Martna_vallavalitsus, lk 38
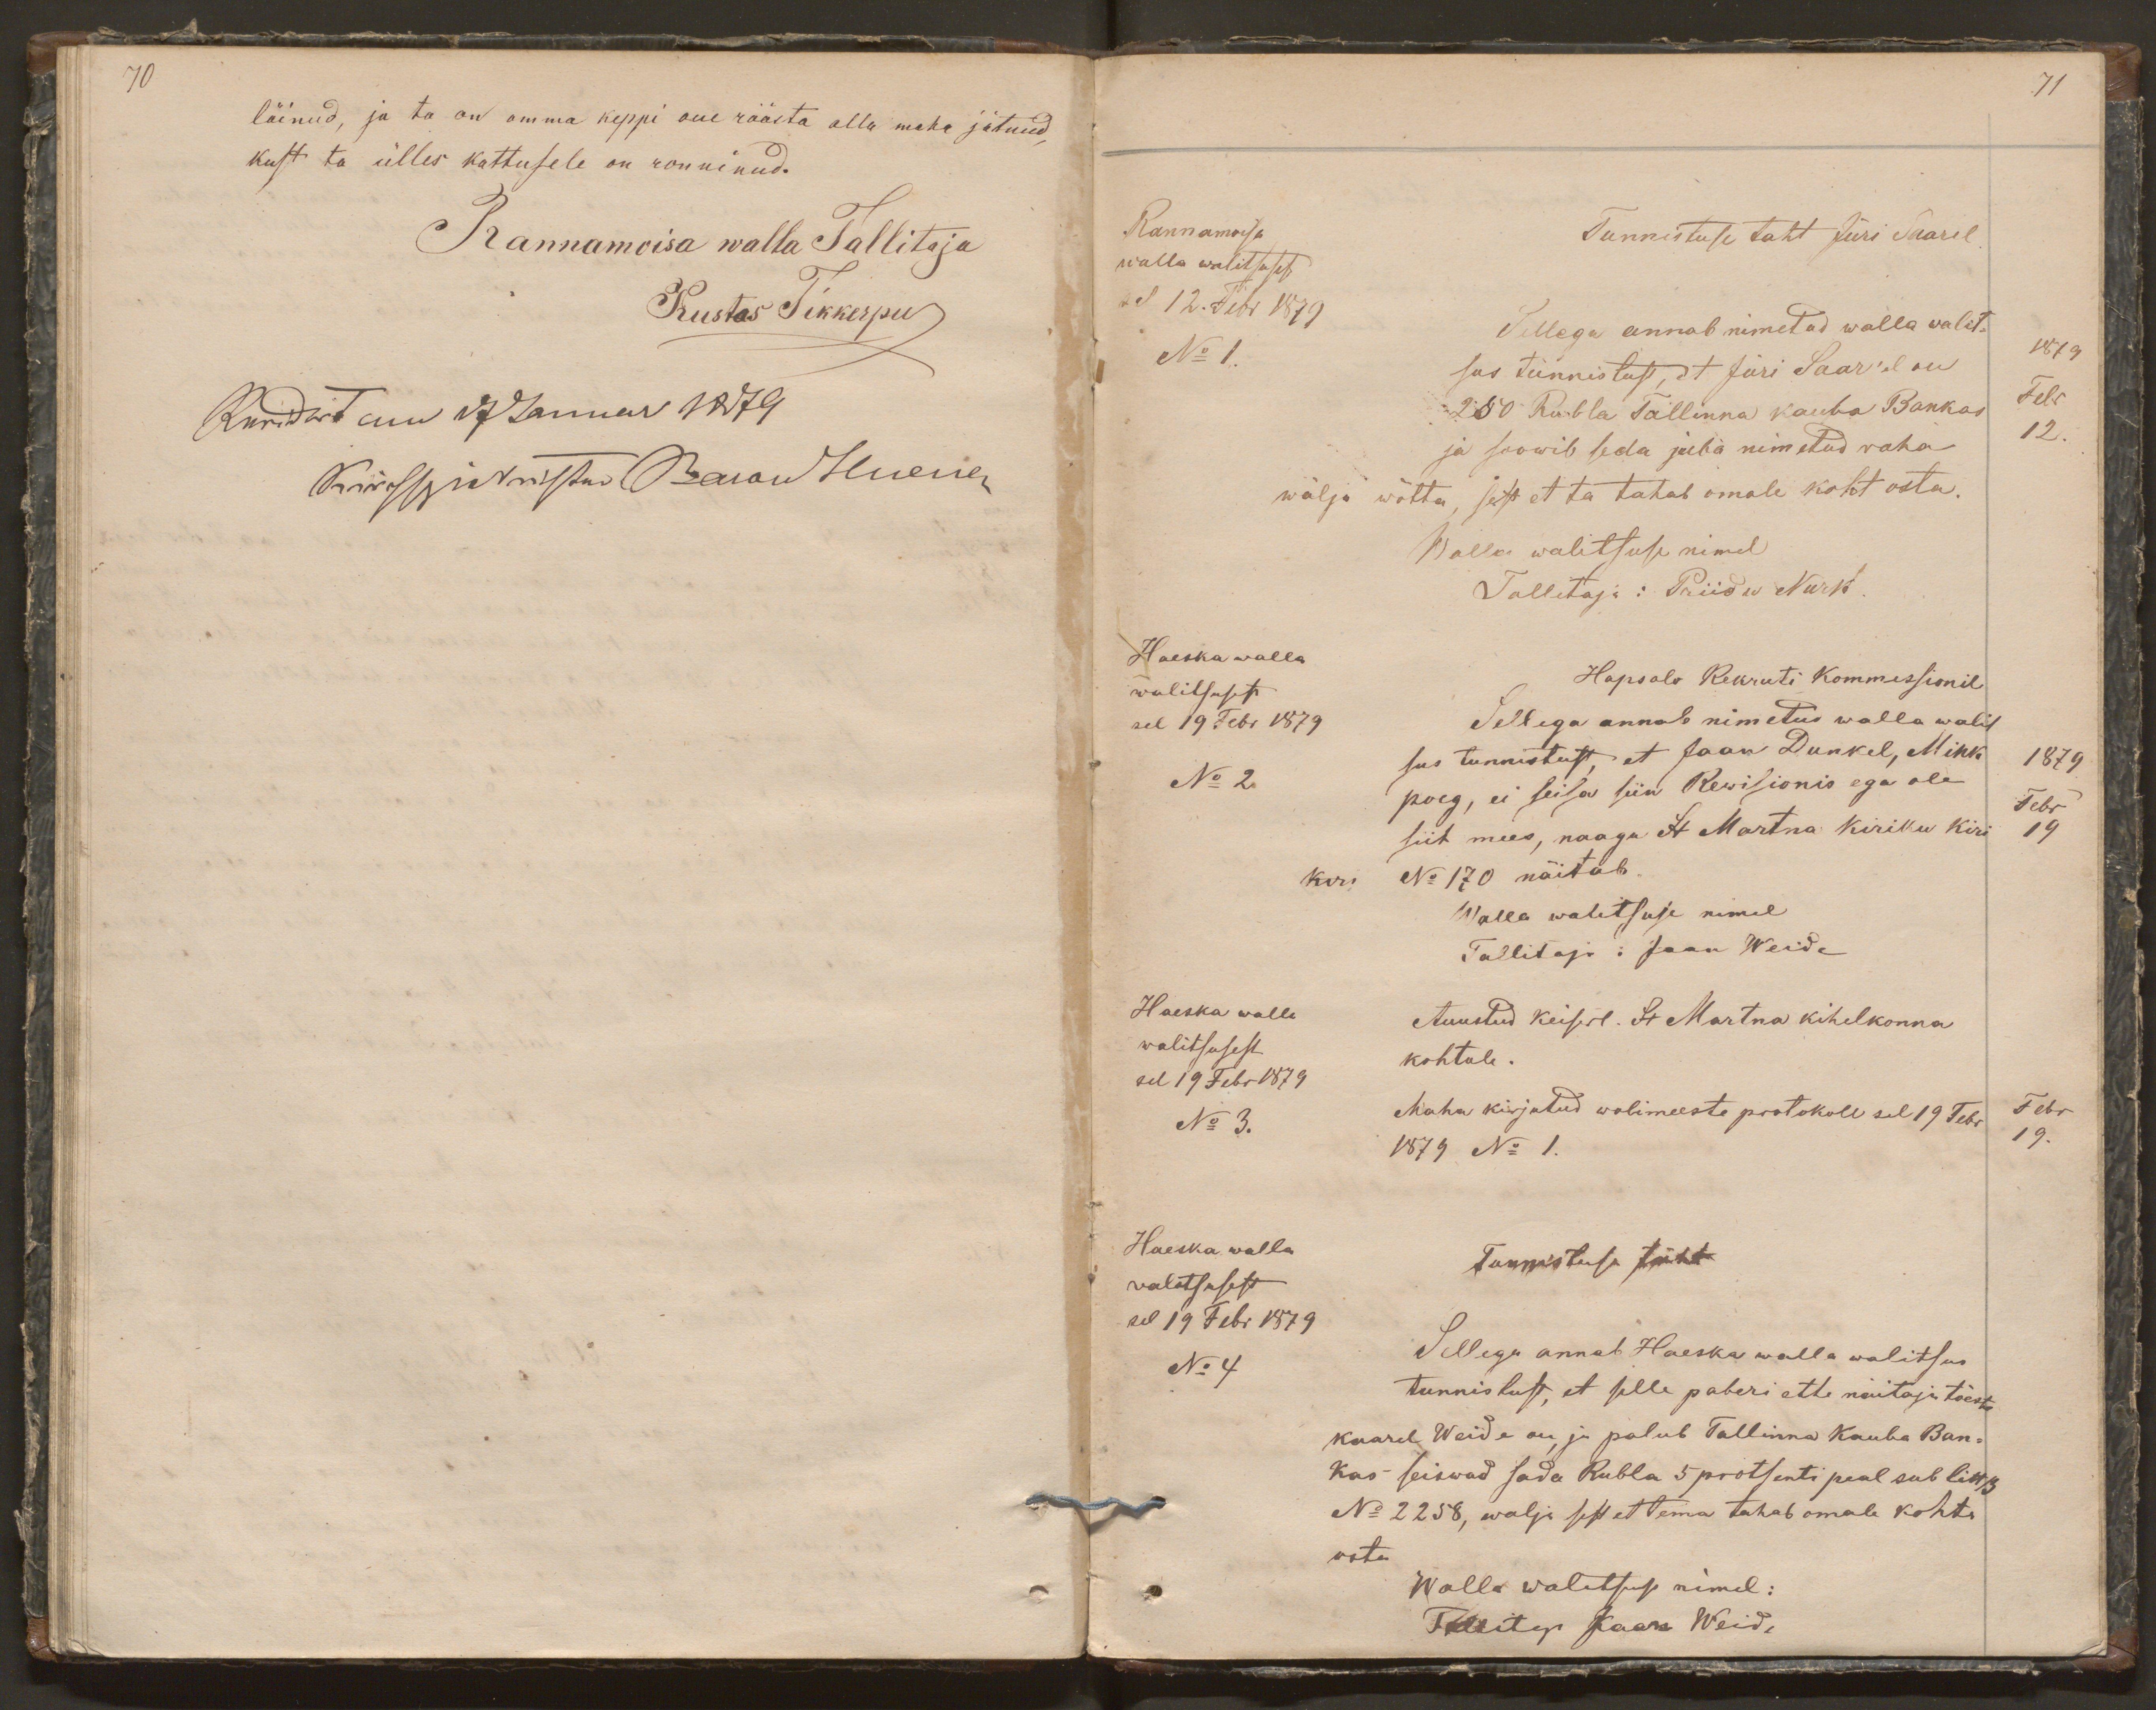
70
läinud, ja ta on omma keppi oue räästa olla maha jätnud,
kust ta ülles kattusele on ronninud.
Rannamoisa walla Tallitaja
Kustas Tikkerpu
Revidiert am 17 Januar 1879
Kirchspielsrichter BaronHuene

71
Rannamoisa
Tunnistuse taht Jüri Saarel
walla walitsusest
sel 12. Febr 1879
Sellega annab nimetud walla walit-
No 1.
1879
sus tunnistust, et Jüri Saar'el on
250 Rubla Tallinna kauba Bankas
Febr
ja soowib seda juba nimetud raha
12.
wälja wõtta; sest et ta tahab omale koht osta.
Walla walitsuse nimel
Tallitaja: Priidu Nurk.
Haeska walla
walitsusest
Hapsalo Rekruti Kommessionil
sel 19 Febr 1879
Sellega annab nimetud walla walit
sus tunnistust, et Jaan Dunkel, Mihk
1879
No 2
Febr
poeg, ei seisa siin Rewisionis ega ole
siit mees, naagu St Martna Kiriku kiri
19
kiri No 170 näitab.
Walla walitsuse nimel
Tallitaja: Jaan Weide
Haeska walla
Auustud Keiserl. St Martna kihelkonna
walitsusest
kohtule.
sel 19 Febr 1879
No 3.
Maha kirjutud wolimeeste protokoll sel 19 Febr.
Febr
1879 No 1.
19.
Haeska walla
walitsusest
Tunnistuse täht
sel 19 Febr 1879
No 4
Sellega annab Haeska walla walitsus
tunnistust, et selle paberi ette näitaja tõeste
Kaarel Weide on, ja palub Tallinna Kauba Ban-
kas seiswad sada Rubla 5 protsenti peal sub litt 13
No 2258, walja sest et tema tahab omale kohta
osta.
Walla walitsuse nimel:
Tallitaja Jaan Weide